Distribution and causation of leprosy in British India
Year: 1875
Disease focus: Leprosy
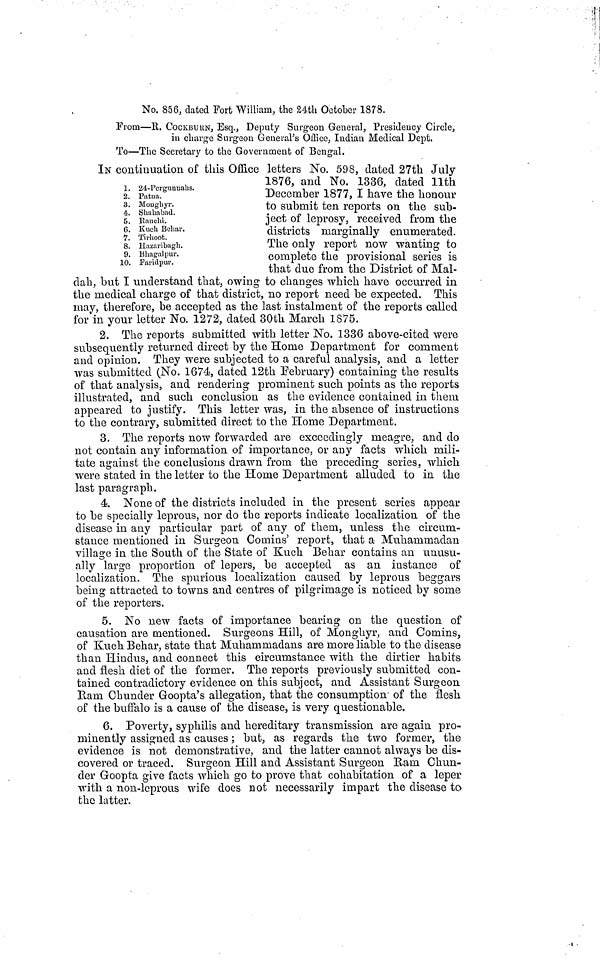
No. 856, dated Fort William, the 24th October 1878.
From—R. COCKBURN, Esq., Deputy Surgeon General, Presidency Circle,
in charge Surgeon General's Office, Indian Medical Dept.
To—The Secretary to the Government of Bengal.
IN continuation of this Office letters No. 598, dated 27th July
1876, and No. 1336, dated 11th
December 1877, I have the honour
to submit ten reports on the sub-
ject of leprosy, received from the
districts marginally enumerated.
The only report now wanting to
complete the provisional series is
that due from the District of Mal-
dah, but I understand that, owing to changes which have occurred in
the medical charge of that district, no report need be expected. This
may, therefore, be accepted as the last instalment of the reports called
for in your letter No. 1272, dated 30th March 1875.
1.
2.
3.
4.
5.
6.
7.
8.
9.
10.
24-Pergunuahs.
Patua.
Monghyr.
Shahabad.
Ranchi.
Kuch Behar.
Tirhoot.
Hazaribagh.
Bhagalpur.
Faridpur.
2. The reports submitted with letter No. 1336 above-cited were
subsequently returned direct by the Home Department for comment
and opinion. They were subjected to a careful analysis, and a letter
was submitted (No. 1674, dated 12th February) containing the results
of that analysis, and rendering prominent such points as the reports
illustrated, and such conclusion as the evidence contained in them
appeared to justify. This letter was, in the absence of instructions
to the contrary, submitted direct to the Home Department.
3. The reports now forwarded are exceedingly meagre, and do
not contain any information of importance, or any facts which mili-
tate against the conclusions drawn from the preceding series, which
were stated in the letter to the Home Department alluded to in the
last paragraph.
4. None of the districts included in the present series appear
to be specially leprous, nor do the reports indicate localization of the
disease in any particular part of any of them, unless the circum-
stance mentioned in Surgeon Comins' report, that a Muhammadan
village in the South of the State of Kuch Behar contains an unusu-
ally large proportion of lepers, be accepted as an instance of
localization. The spurious localization caused by leprous beggars
being attracted to towns and centres of pilgrimage is noticed by some
of the reporters.
5. No new facts of importance bearing on the question of
causation are mentioned. Surgeons Hill, of Monghyr, and Comins,
of Kuch Behar, state that Muhammadans are more liable to the disease
than Hindus, and connect this circumstance with the dirtier habits
and flesh diet of the former. The reports previously submitted con-
tained contradictory evidence on this subject, and Assistant Surgeon
Ram Chunder Goopta's allegation, that the consumption of the flesh
of the buffalo is a cause of the disease, is very questionable.
6. Poverty, syphilis and hereditary transmission are again pro-
minently assigned as causes ; but, as regards the two former, the
evidence is not demonstrative, and the latter cannot always be dis-
covered or traced. Surgeon Hill and Assistant Surgeon Ram Chun-
der Goopta give facts which go to prove that cohabitation of a leper
with a non-leprous wife does not necessarily impart the disease to
the latter.